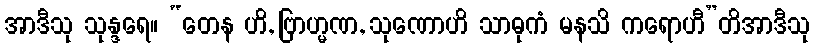
အာဒီသု သုန္ဒရေ။ “တေန ဟိ, ဗြာဟ္မဏ, သုဏောဟိ သာဓုကံ မနသိ ကရောဟီ”တိအာဒီသု